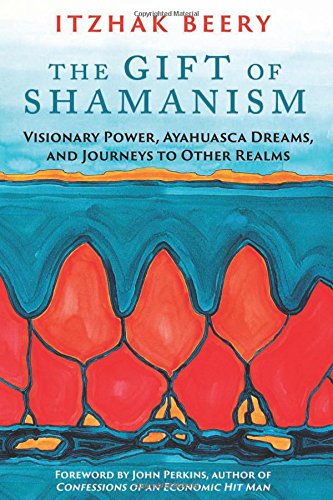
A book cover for The Gift of Shamanism: Visionary Power, Ayahuasca Dreams, and Journeys to Other Realms; Itzhak Beery; Religion & Spirituality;